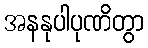
အနနုပါပုဏိတွာ